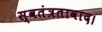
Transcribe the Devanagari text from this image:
स्वतंत्रतावाद।